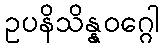
ဥပနိသိန္နဝဂ္ဂေါ